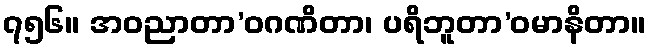
၇၅၆။ အဝညာတာ’ဝဂဏိတာ၊ ပရိဘူတာ’ဝမာနိတာ။